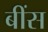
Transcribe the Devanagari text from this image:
बींस